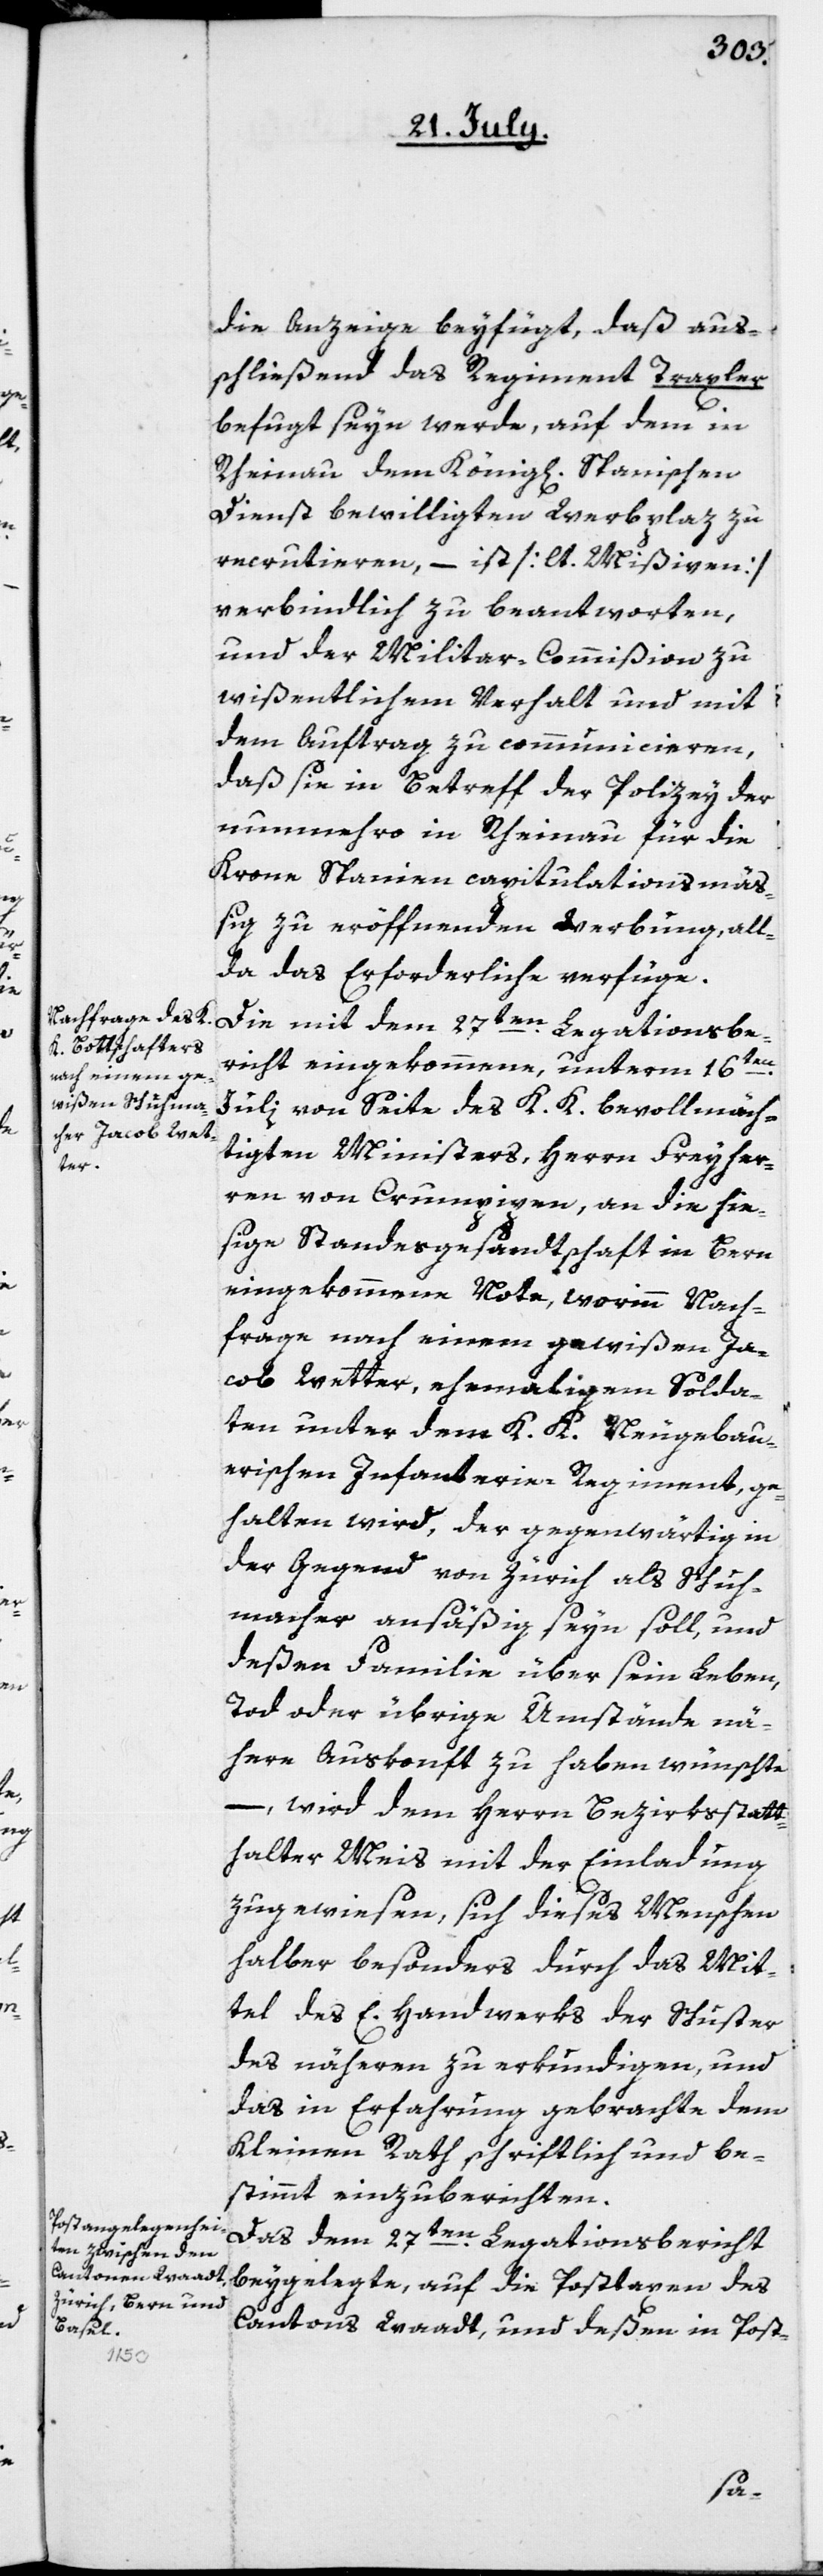
die Anzeige beyfügt, das aus¬
schließend das Regiment Traxler
befugt seyn werde, auf dem in
Rheinau dem könig[lichen] Spanischen
Dienst bewilligten Werbplaz zu
recrutieren, – ist [lt. Mißiven]
verbindlich zu beantworten,
und der Militar-Commißion zu
wißentlichem Verhalt und mit
dem Auftrag zu communicieren,
daß sie in Betreff der Polizey der
nunmehro in Rheinau für die
Krone Spanien capitulationsmäß¬
ig zu eröffnenden Werbung, all¬
da das Erforderliche verfüge.
Die mit dem 27ten Legationsbe¬
richt eingekommene, unterm 16ten
Julii von Seite des K. K. bevollmäch¬
tigten Ministers, Herrn Freyher¬
ren von Crumpipen, an die hie¬
sige Standesgesandtschaft in Bern
eingekommene Note, worinn Nach¬
frage nach einem gewißen Ja¬
cob Wetter, ehemaligem Solda¬
ten unter dem K. K. Neugebau¬
erischen Infanterie Regiment, ge¬
halten wird, der gegenwärtig in
der Gegend von Zürich als Schuh¬
macher ansäßig seyn soll, und
deßen Familie über sein Leben,
Tod oder übrige Umstände nä¬
here Auskonft zu haben wünschte,
– wird dem Herrn Bezirksstatt¬
halter Meis mit der Einladung
zugewiesen, sich dieses Menschen
halber besonders durch das Mit¬
tel des E. Handwerks der Schuster
des näheren zu erkundigen, und
das in Erfahrung gebrachte dem
Kleinen Rath schriftlich und be¬
stimmt einzuberichten.
Das dem 27ten Legationsbericht
beygelegte, auf die Posttaxen des
Cantons Waadt, und deßen in Post-